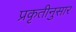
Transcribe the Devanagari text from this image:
प्रकृतीनुसार